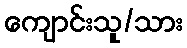
ကျောင်းသူ/သား